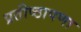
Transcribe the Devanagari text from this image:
प्रतीष्ठापणा